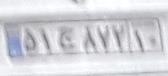
۵۱ج۸۷۳۱۰